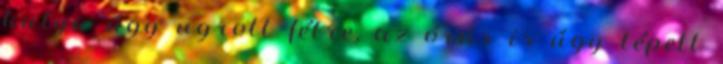
kutya úgy ugrott félre, az órás is úgy lépett